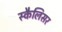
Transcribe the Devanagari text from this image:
स्कैलिसर